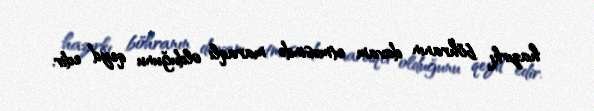
hazırkı böhranın davam etməsində maraqlı olduğunu qeyd edir.